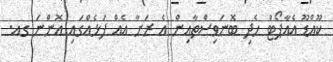
ކޫއްޑޫ އެއާޕޯޓް ހެދި ބޮނަވިސްތާއިން އެ ރަށާ އެއް ފަޅެއްގައި އޮންނަ ގއ.